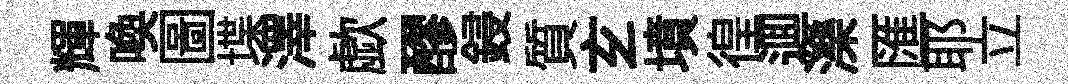
輝喚圖堞澤歔醪鋟質𤣥墳徨逥濼匯耶立